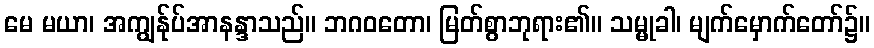
မေ မယာ၊ အကျွန်ုပ်အာနန္ဒာသည်။ ဘဂဝတော၊ မြတ်စွာဘုရား၏။ သမ္မုခါ၊ မျက်မှောက်တော်၌။